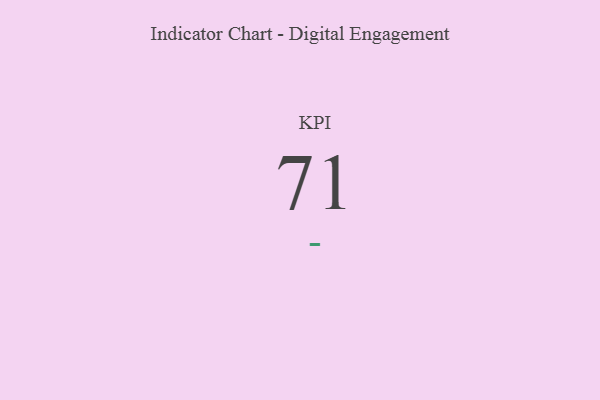
{"axis": {"x": "KPI", "y": "Value"}, "legend": [""], "data": [{"x": "KPI", "y": 71, "type": ""}]}